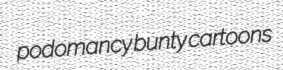
podomancy bunty cartoons